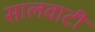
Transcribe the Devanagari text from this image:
सालवाटी